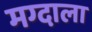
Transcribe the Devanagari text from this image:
मग्दाला